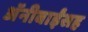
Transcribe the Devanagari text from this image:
अॅनीबाईंसह